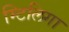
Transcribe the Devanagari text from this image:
म्टिलिगा